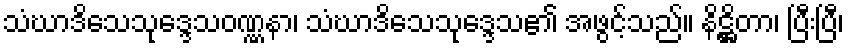
သံဃာဒိသေသုဒ္ဒေသဝဏ္ဏနာ၊ သံဃာဒိသေသုဒ္ဒေသ၏ အဖွင့်သည်။ နိဋ္ဌိတာ၊ ပြီးပြီ၊